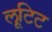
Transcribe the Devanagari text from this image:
लूटिट